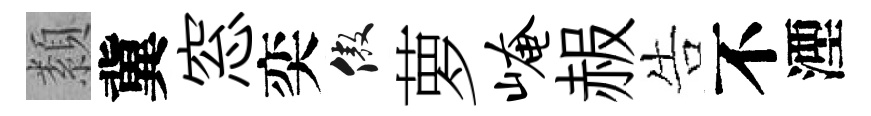
纇冀窓奕傲萝崦赧告不湮